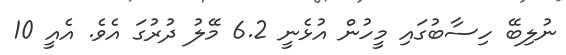
ނުލިބޭ ހިސާބުގައި މީހުން އުޅެނީ 6.2 މޭލު ދުރުގަ އެވެ. އެއީ 10